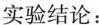
实验结论：